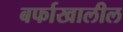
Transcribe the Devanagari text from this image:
बर्फाखालील